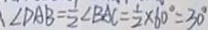
\angle D A B = \frac { 1 } { 2 } \angle B A C = \frac { 1 } { 2 } \times 6 0 ^ { \circ } = 3 0 ^ { \circ }